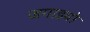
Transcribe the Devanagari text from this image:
जगाइबो